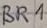
Text: BR1